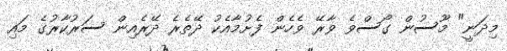
މިދަނީ" މޫސުން ގޯސްވެ ވާރޭ ވެހެން ފެށުމާއެކު ދޭތެރެ ދޭރެއިން ސަރުކާރުގެ މައި